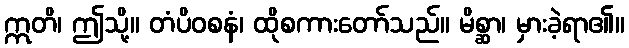
ဣတိ၊ ဤသို့။ တံပိဝစနံ၊ ထိုစကားတော်သည်။ မိစ္ဆာ၊ မှားခဲ့ရာ၏။